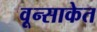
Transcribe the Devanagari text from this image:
वून्साकेत